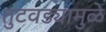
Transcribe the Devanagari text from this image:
तुटवड्यामुळे